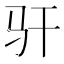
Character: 𫘛